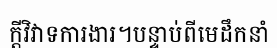
ក្តីវិវាទការងារ។បន្ទាប់ពីមេដឹកនាំ